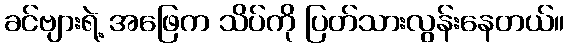
ခင်ဗျားရဲ့ အဖြေက သိပ်ကို ပြတ်သားလွန်းနေတယ်။